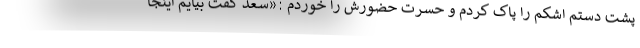
پشت دستم اشکم را پاک کردم و حسرت حضورش را خوردم :«سعد گفت بیایم اینجا